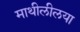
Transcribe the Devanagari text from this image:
माथीलीलया